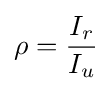
\rho ={\frac {I_{r}}{I_{u}}}